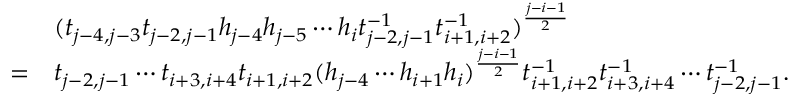
\begin{array} { r l } & { ( t _ { j - 4 , j - 3 } t _ { j - 2 , j - 1 } h _ { j - 4 } h _ { j - 5 } \cdots h _ { i } t _ { j - 2 , j - 1 } ^ { - 1 } t _ { i + 1 , i + 2 } ^ { - 1 } ) ^ { \frac { j - i - 1 } { 2 } } } \\ { = } & { t _ { j - 2 , j - 1 } \cdots t _ { i + 3 , i + 4 } t _ { i + 1 , i + 2 } ( h _ { j - 4 } \cdots h _ { i + 1 } h _ { i } ) ^ { \frac { j - i - 1 } { 2 } } t _ { i + 1 , i + 2 } ^ { - 1 } t _ { i + 3 , i + 4 } ^ { - 1 } \cdots t _ { j - 2 , j - 1 } ^ { - 1 } . } \end{array}